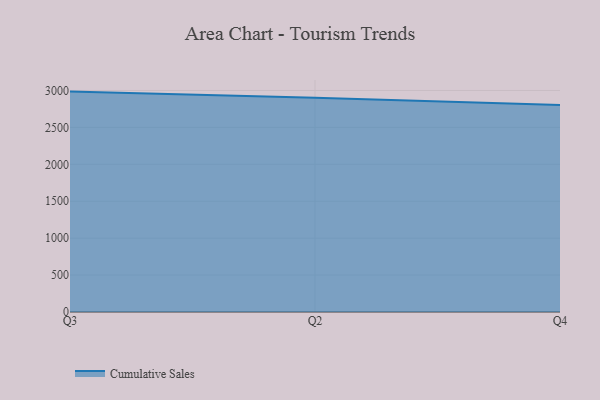
{"axis": {"x": "Quarter", "y": "Bounce Rate (%)"}, "legend": ["Cumulative Sales"], "data": [{"x": "Q3", "y": 2984.8, "type": "Cumulative Sales"}, {"x": "Q2", "y": 2900.4, "type": "Cumulative Sales"}, {"x": "Q4", "y": 2803.7, "type": "Cumulative Sales"}]}